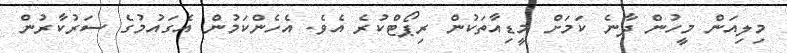
މިލިއަން މީހުން ދާނެ ކަމަށް މީޑިއާތަކުން ރިޕޯޓްކުރެ އެވެ. އެހެންކަމުން އެގައުމުގެ ސަރުކާރުން